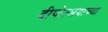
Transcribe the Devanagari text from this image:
दीपोत्सवाच्या